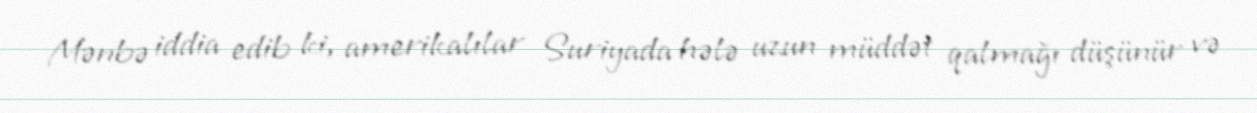
Mənbə iddia edib ki, amerikalılar Suriyada hələ uzun müddət qalmağı düşünür və